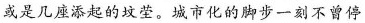
或是几座添起的坟茔。城市化的脚步一刻不曾停